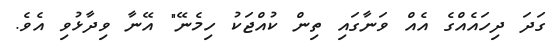
ގަދަ ދިހައެއްގެ އެއް ވަނާގައި ތިން ކުއްޖަކު ހިމެނޭ" އޭނާ ވިދާޅުވި އެވެ.